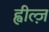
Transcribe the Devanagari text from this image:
ह्वील्ज़